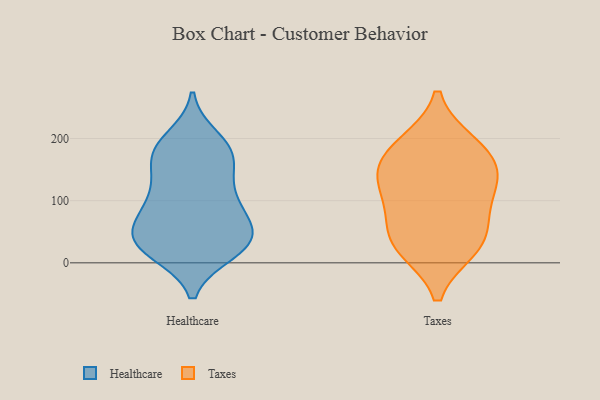
{"axis": {"x": "Production Output", "y": "Value"}, "legend": ["Healthcare", "Taxes"], "data": [{"x": "", "y": 66, "type": "Healthcare"}, {"x": "", "y": 56, "type": "Healthcare"}, {"x": "", "y": 180, "type": "Healthcare"}, {"x": "", "y": 200, "type": "Healthcare"}, {"x": "", "y": 181, "type": "Healthcare"}, {"x": "", "y": 26, "type": "Healthcare"}, {"x": "", "y": 156, "type": "Healthcare"}, {"x": "", "y": 45, "type": "Healthcare"}, {"x": "", "y": 180, "type": "Healthcare"}, {"x": "", "y": 42, "type": "Healthcare"}, {"x": "", "y": 102, "type": "Healthcare"}, {"x": "", "y": 170, "type": "Healthcare"}, {"x": "", "y": 101, "type": "Healthcare"}, {"x": "", "y": 129, "type": "Healthcare"}, {"x": "", "y": 103, "type": "Healthcare"}, {"x": "", "y": 17, "type": "Healthcare"}, {"x": "", "y": 31, "type": "Healthcare"}, {"x": "", "y": 26, "type": "Healthcare"}, {"x": "", "y": 70, "type": "Healthcare"}, {"x": "", "y": 21, "type": "Healthcare"}, {"x": "", "y": 106, "type": "Taxes"}, {"x": "", "y": 77, "type": "Taxes"}, {"x": "", "y": 129, "type": "Taxes"}, {"x": "", "y": 153, "type": "Taxes"}, {"x": "", "y": 28, "type": "Taxes"}, {"x": "", "y": 40, "type": "Taxes"}, {"x": "", "y": 24, "type": "Taxes"}, {"x": "", "y": 191, "type": "Taxes"}, {"x": "", "y": 146, "type": "Taxes"}, {"x": "", "y": 186, "type": "Taxes"}]}